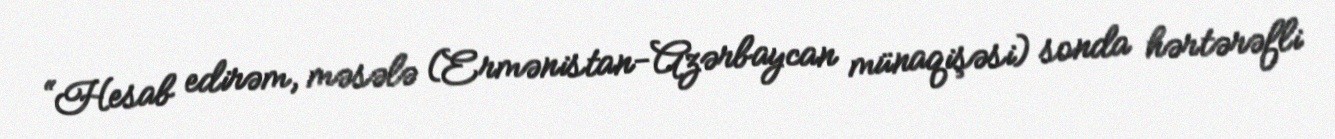
“Hesab edirəm, məsələ (Ermənistan-Azərbaycan münaqişəsi) sonda hərtərəfli